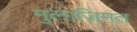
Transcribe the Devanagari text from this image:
मुलाज़िमत